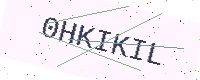
Text: 0HKIKIL